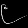
Digit: ၉